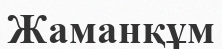
Жаманқұм